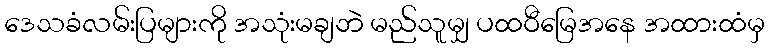
ဒေသခံလမ်းပြများကို အသုံးမချဘဲ မည်သူမျှ ပထဝီမြေအနေ အထားထံမှ